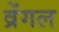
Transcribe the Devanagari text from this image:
व्रेंगल